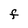
Character: F